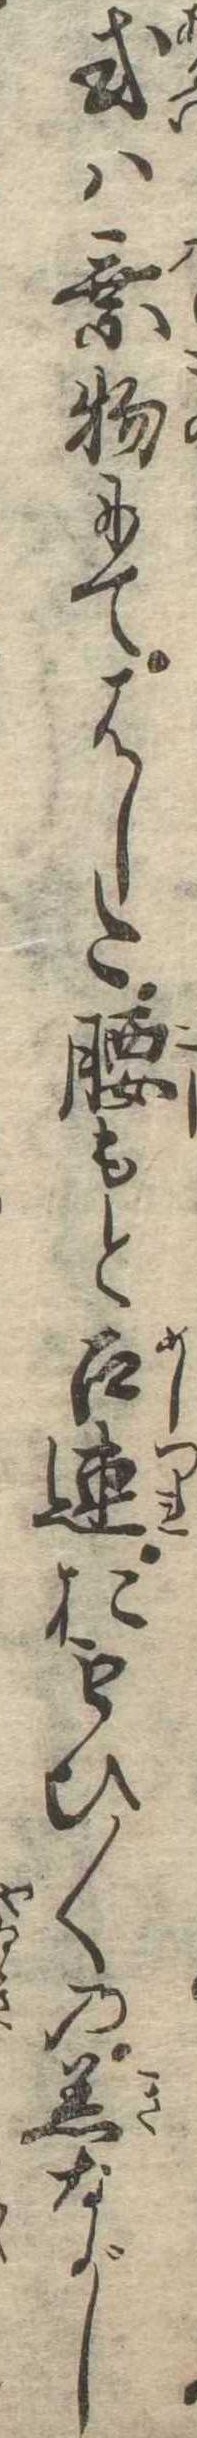
或は乗物にてはした腰もと召連おもひ〱の着ながし